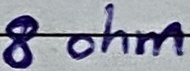
Text: speaker